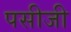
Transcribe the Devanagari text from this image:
पसीजी